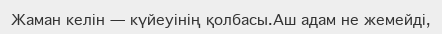
Жаман келін — күйеуінің қолбасы.Аш адам не жемейді,